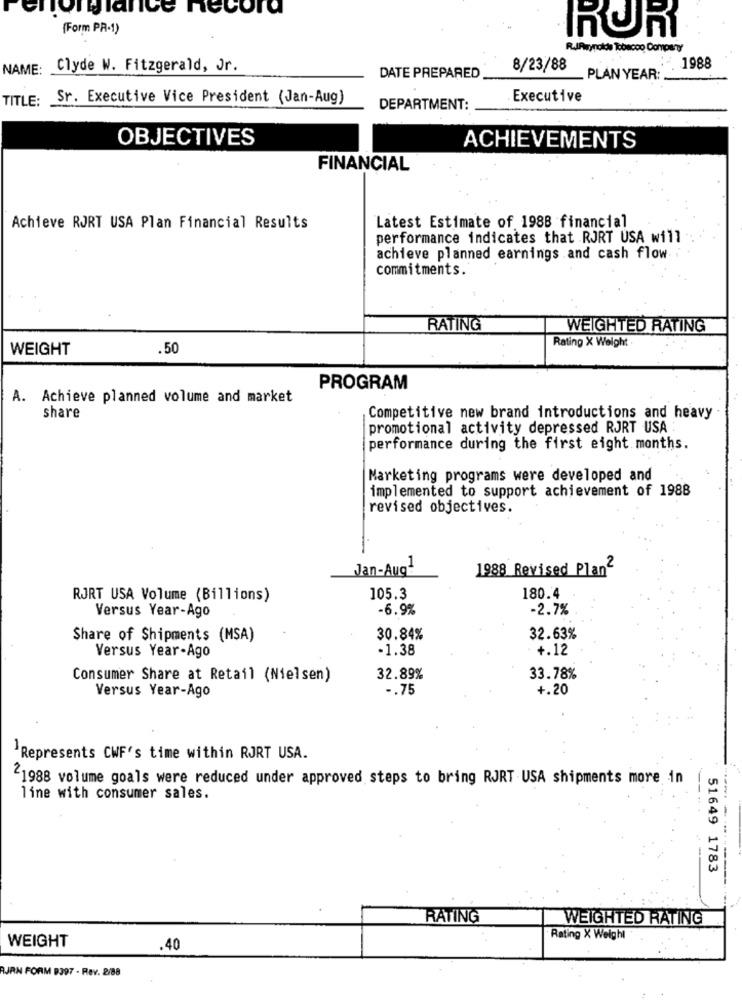
forglance necora
{Form PR-1)
RUR
RujPirypolde Tobacco Company
NAME:
Clyde W. Fitzgerald, Jr.
8/23/88
1988
DATE PREPARED
_ PLAN YEAR:
TITLE:
Sr. Executive Vice President (Jan-Aug)
Executive
DEPARTMENT:
OBJECTIVES
ACHIEVEMENTS
FINANCIAL
Achieve RJRT USA Plan Financial Results
Latest Estimate of 1988 financial
performance indicates that RJRT USA will
achieve planned earnings and cash flow .
commitments.
RATING
WEIGHTED RATING
WEIGHT
.50
Rating X Weight
PROGRAM
A. Achieve planned volume and market
share
Competitive new brand introductions and heavy
promotional activity depressed RJRT USA :
performance during the first eight months.
Marketing programs were developed and
implemented to support achievement of 1988
revised objectives.
Jan-Aug2
1988 Revised Plan2
RJRT USA Volume (Billions)
105.3
180.4
-6.9%
-2.7%
Versus Year-Ago
Share of Shipments (MSA)
30.84%
32.63%
-1.38
+.12
Versus Year-Ago
Consumer Share at Retail (Nielsen)
32.89%
33.78%
-. 75
+.20
Versus Year-Ago
Represents CWF's time within RJRT USA.
1988 volume goals were reduced under approved steps to bring RJRT USA shipments more in
line with consumer sales.
51649 1783
RATING
WEIGHTED RATING
WEIGHT
Rating X Weight
.40
AJRN FORM 9397 - Rev. 2/88